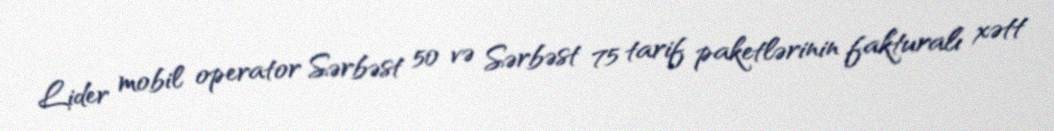
Lider mobil operator Sərbəst 50 və Sərbəst 75 tarif paketlərinin fakturalı xətt